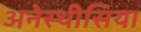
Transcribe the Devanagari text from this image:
अनेस्थीसिया